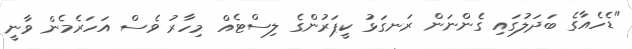
"ޑެހެއާގެ ބަދަލުގައި ގެންނަން ރަނގަޅު ކީޕަރުންގެ ލިސްޓެއް މިހާރު ވެސް އަހަރެމެން ވާނީ